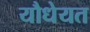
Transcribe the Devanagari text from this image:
यौधेयत